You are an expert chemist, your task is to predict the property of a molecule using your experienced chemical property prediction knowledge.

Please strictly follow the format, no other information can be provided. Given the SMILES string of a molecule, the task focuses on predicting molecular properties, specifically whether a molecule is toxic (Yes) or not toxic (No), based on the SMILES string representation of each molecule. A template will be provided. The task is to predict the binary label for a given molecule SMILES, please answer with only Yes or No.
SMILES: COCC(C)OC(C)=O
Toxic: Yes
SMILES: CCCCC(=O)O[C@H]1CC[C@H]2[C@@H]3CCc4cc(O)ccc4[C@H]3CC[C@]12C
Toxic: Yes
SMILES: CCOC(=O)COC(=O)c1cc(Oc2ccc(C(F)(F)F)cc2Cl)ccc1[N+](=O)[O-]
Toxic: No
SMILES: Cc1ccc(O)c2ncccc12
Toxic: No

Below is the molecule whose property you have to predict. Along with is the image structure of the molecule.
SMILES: Nc1ccc(-c2ccc(N)c(N)c2)cc1N
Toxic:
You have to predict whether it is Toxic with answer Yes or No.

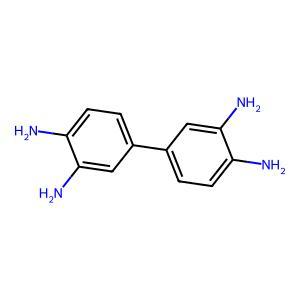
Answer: No